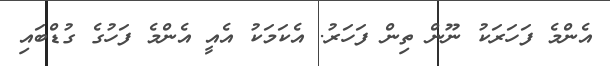
އެންމެ ފަހަރަކު ނޫން ތިން ފަހަރު. އެކަމަކު އެއީ އެންމެ ފަހުގެ ގުޑްބައި